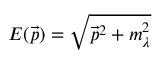
E ( \vec { p } ) = \sqrt { \vec { p } ^ { 2 } + m _ { \lambda } ^ { 2 } }